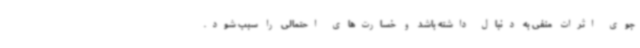
جوی اثرات منفی به دنبال داشته باشد و خسارت‌های احتمالی را سبب شود.